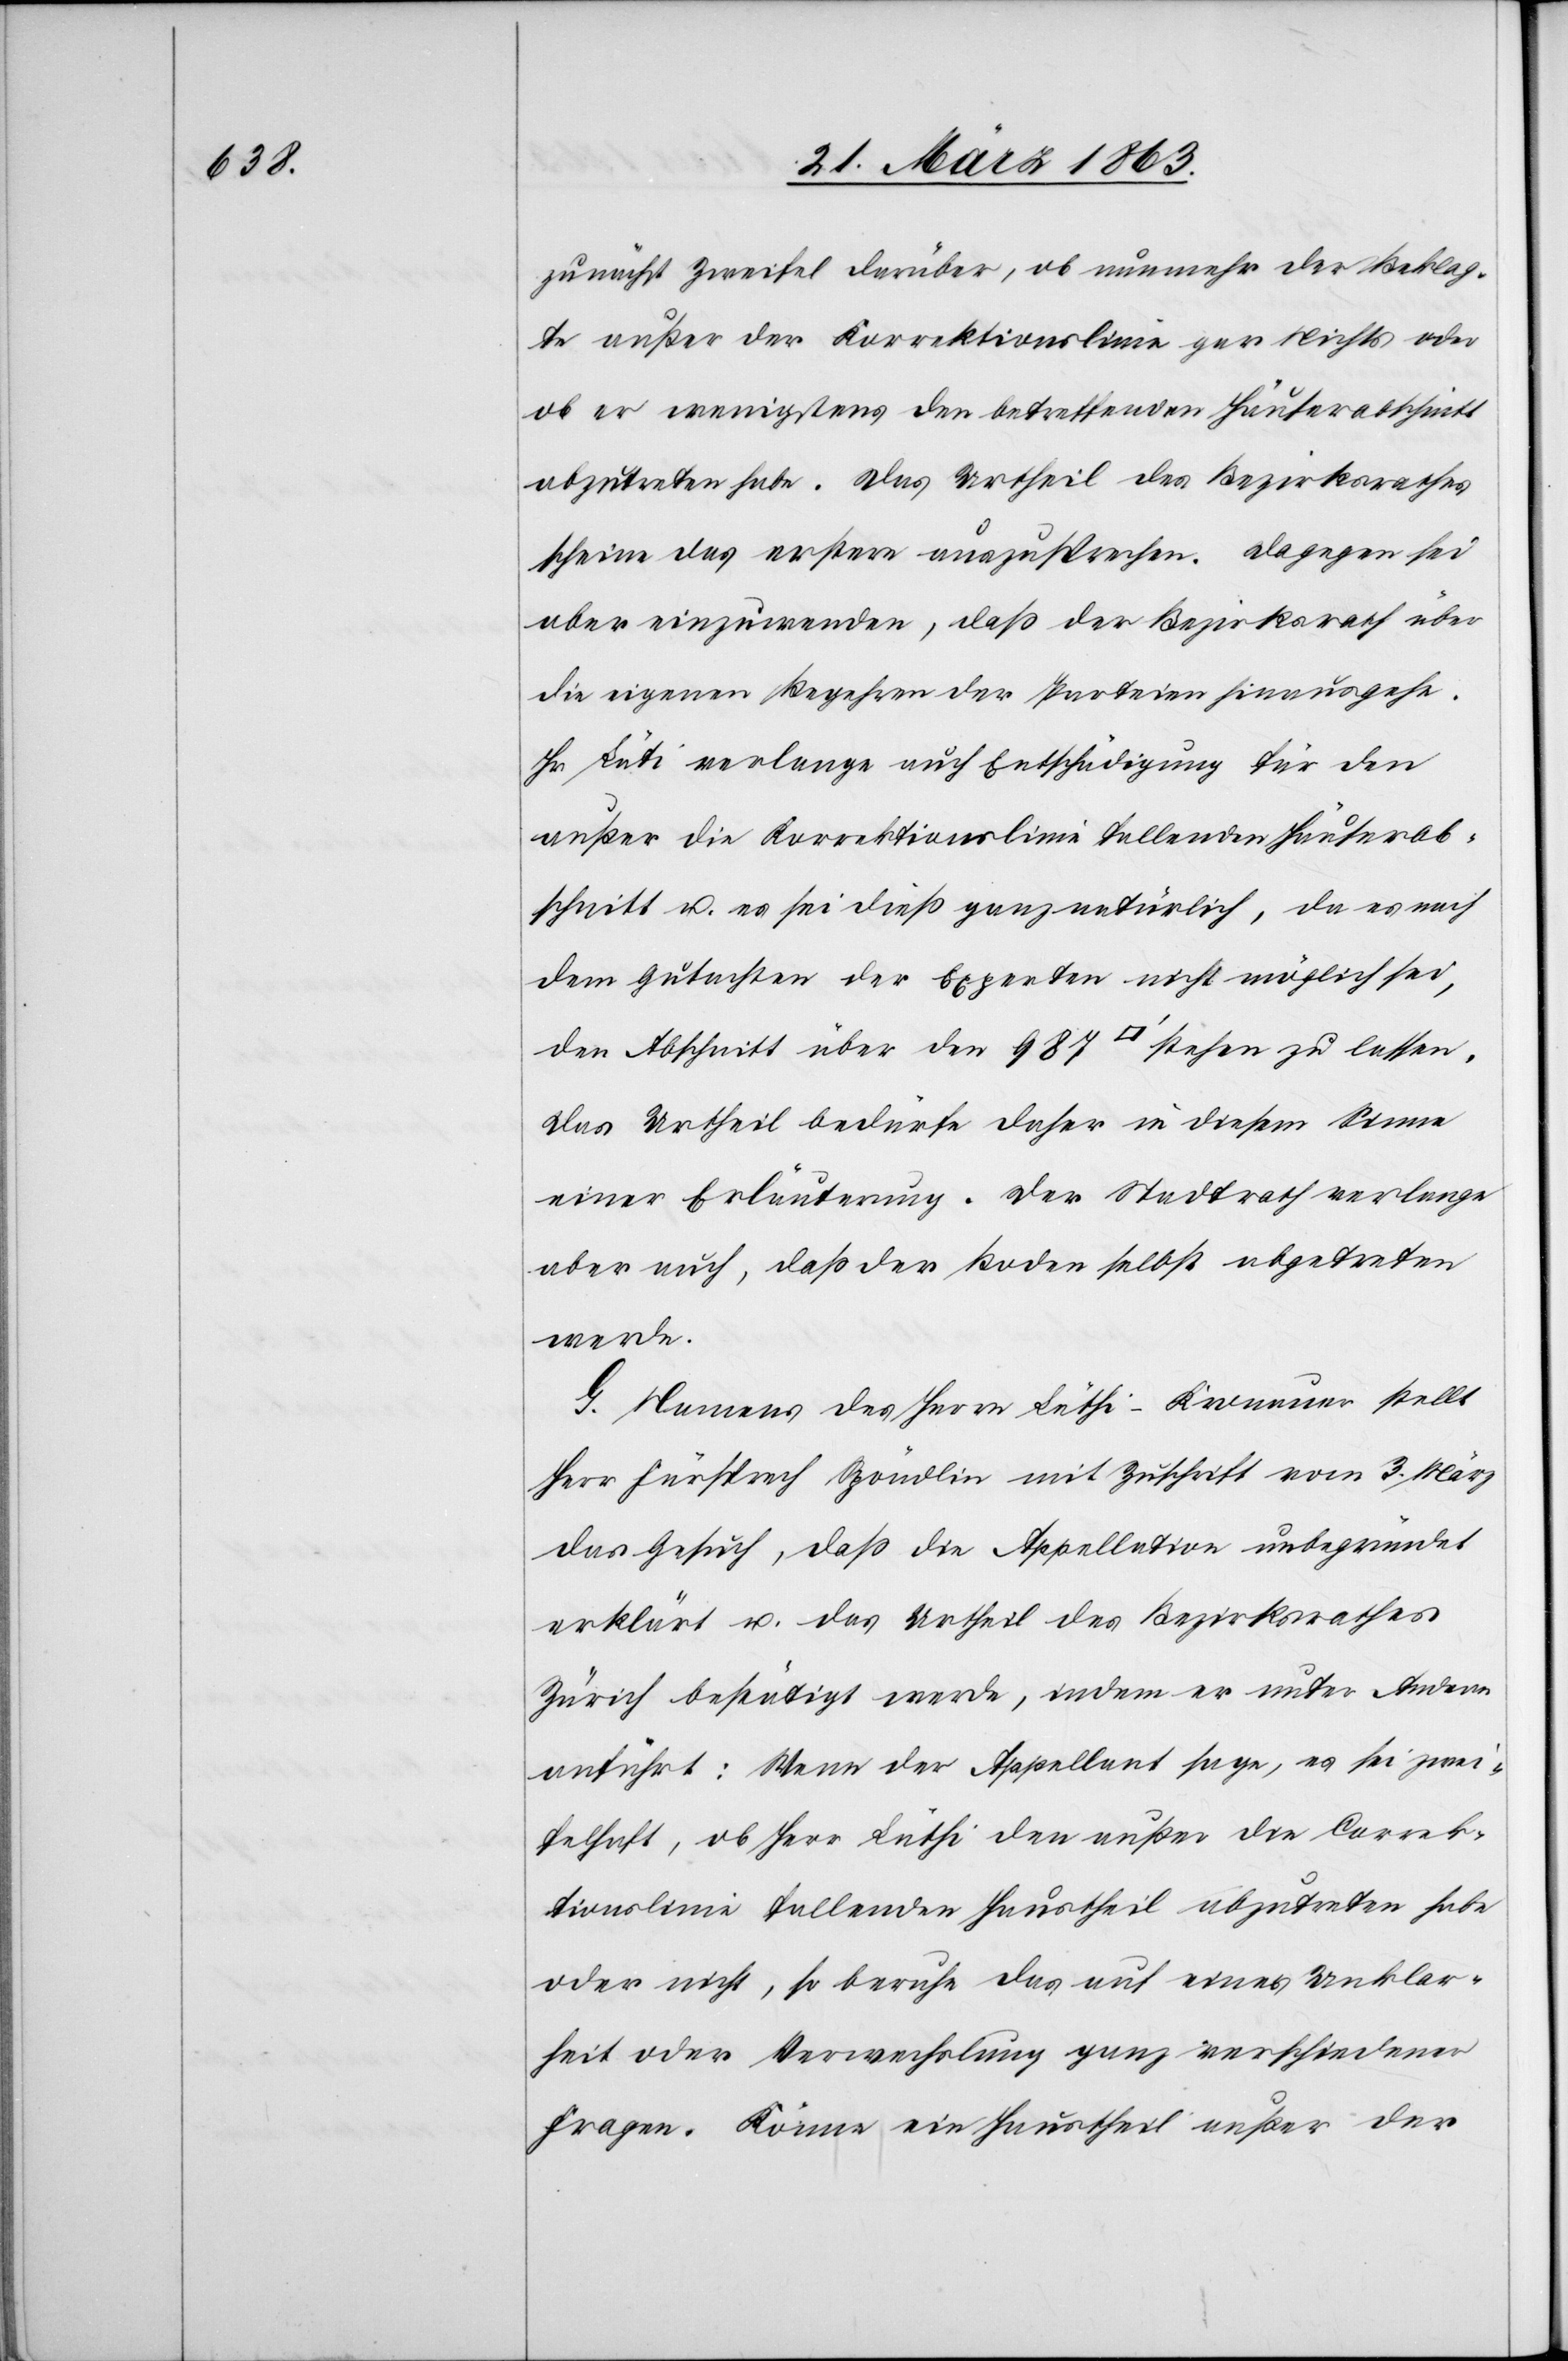
zunächst Zweifel darüber, ob nunmehr der Beklag¬
te außer der Korrektionslinie gar Nichts oder
ob er wenigstens den betreffenden Häuserabschnitt
abzutreten habe. Das Urtheil des Bezirksrathes
scheine das erstere auszusprechen. Dagegen sei
aber einzuwenden, daß der Bezirksrath über
die eigenen Begehren der Parteien hinausgehe.
Hr Lüti verlange auch Entschädigung für den
außer die Korrektionslinie fallenden Häuserab¬
schnitt u. es sei dieß ganz natürlich, da es nach
dem Gutachten der Experten nicht möglich sei,
den Abschnitt über den 987 [Quadratfuss] stehen zu lassen.
Das Urtheil bedürfe daher in diesem Sinne
einer Erläuterung. Der Stadtrath verlange
aber auch, daß der Boden selbst abgetreten
werde.
G. Namens des Herrn Lüthi-Kronauer [sic!] stellt
Herr Fürsprech Spöndlin mit Zuschrift vom 3. März
das Gesuch, daß die Appellation unbegründet
erklärt u. das Urtheil des Bezirksrathes
Zürich bestätigt werde, indem er unter Anderm
anführt: Wenn der Appellant sage, es sei zwei¬
felhaft, ob Herr Lüthi den außer die Correk¬
tionslinie fallenden Haustheil abzutreten habe
oder nicht, so beruhe das auf eines [sic!] Unklar¬
heit oder Verwechslung ganz verschiedener
Fragen. Könne ein Haustheil außer der